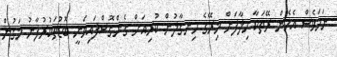
ނަމަވެސް އެހެން ރޭތަކާ ހިލާފަށް މިރޭގެ ހިނގާލުން ކުރިއަށް ގެންގޮސްފައިވަނީ ބޮޑުތަކުރުފާނު މަގުން